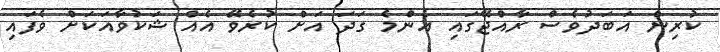
ކުރިން އަބަދުވެސް ރާއްޖޭގައި އެންމެ ގަދަ އަށް ކުރެވޭ އެއް ޝަކުވާއަކަށް ވެފައި